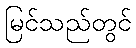
မြင်သည်တွင်